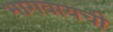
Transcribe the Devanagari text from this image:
भागवायची